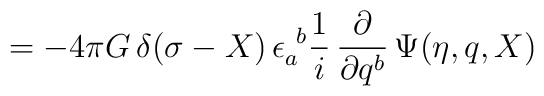
\hspace*{1.75in}= - 4 \pi G \, \delta(\sigma - X) \, \epsilon_a^{~b}\frac{1}{i} \, \frac{\partial}{\partial q^b}\,\Psi (\eta,q,X)